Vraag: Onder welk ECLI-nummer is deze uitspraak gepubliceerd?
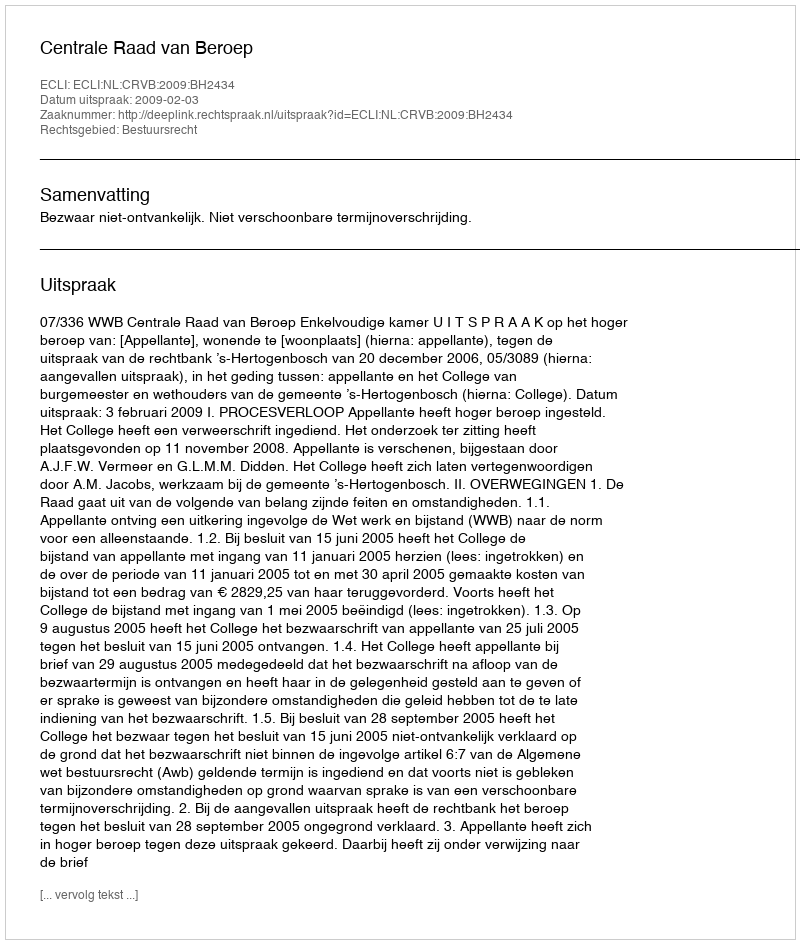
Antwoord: ECLI:NL:CRVB:2009:BH2434